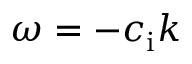
\omega = - c _ { \mathrm { i } } k